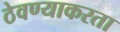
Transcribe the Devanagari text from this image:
ठेवण्याकरता